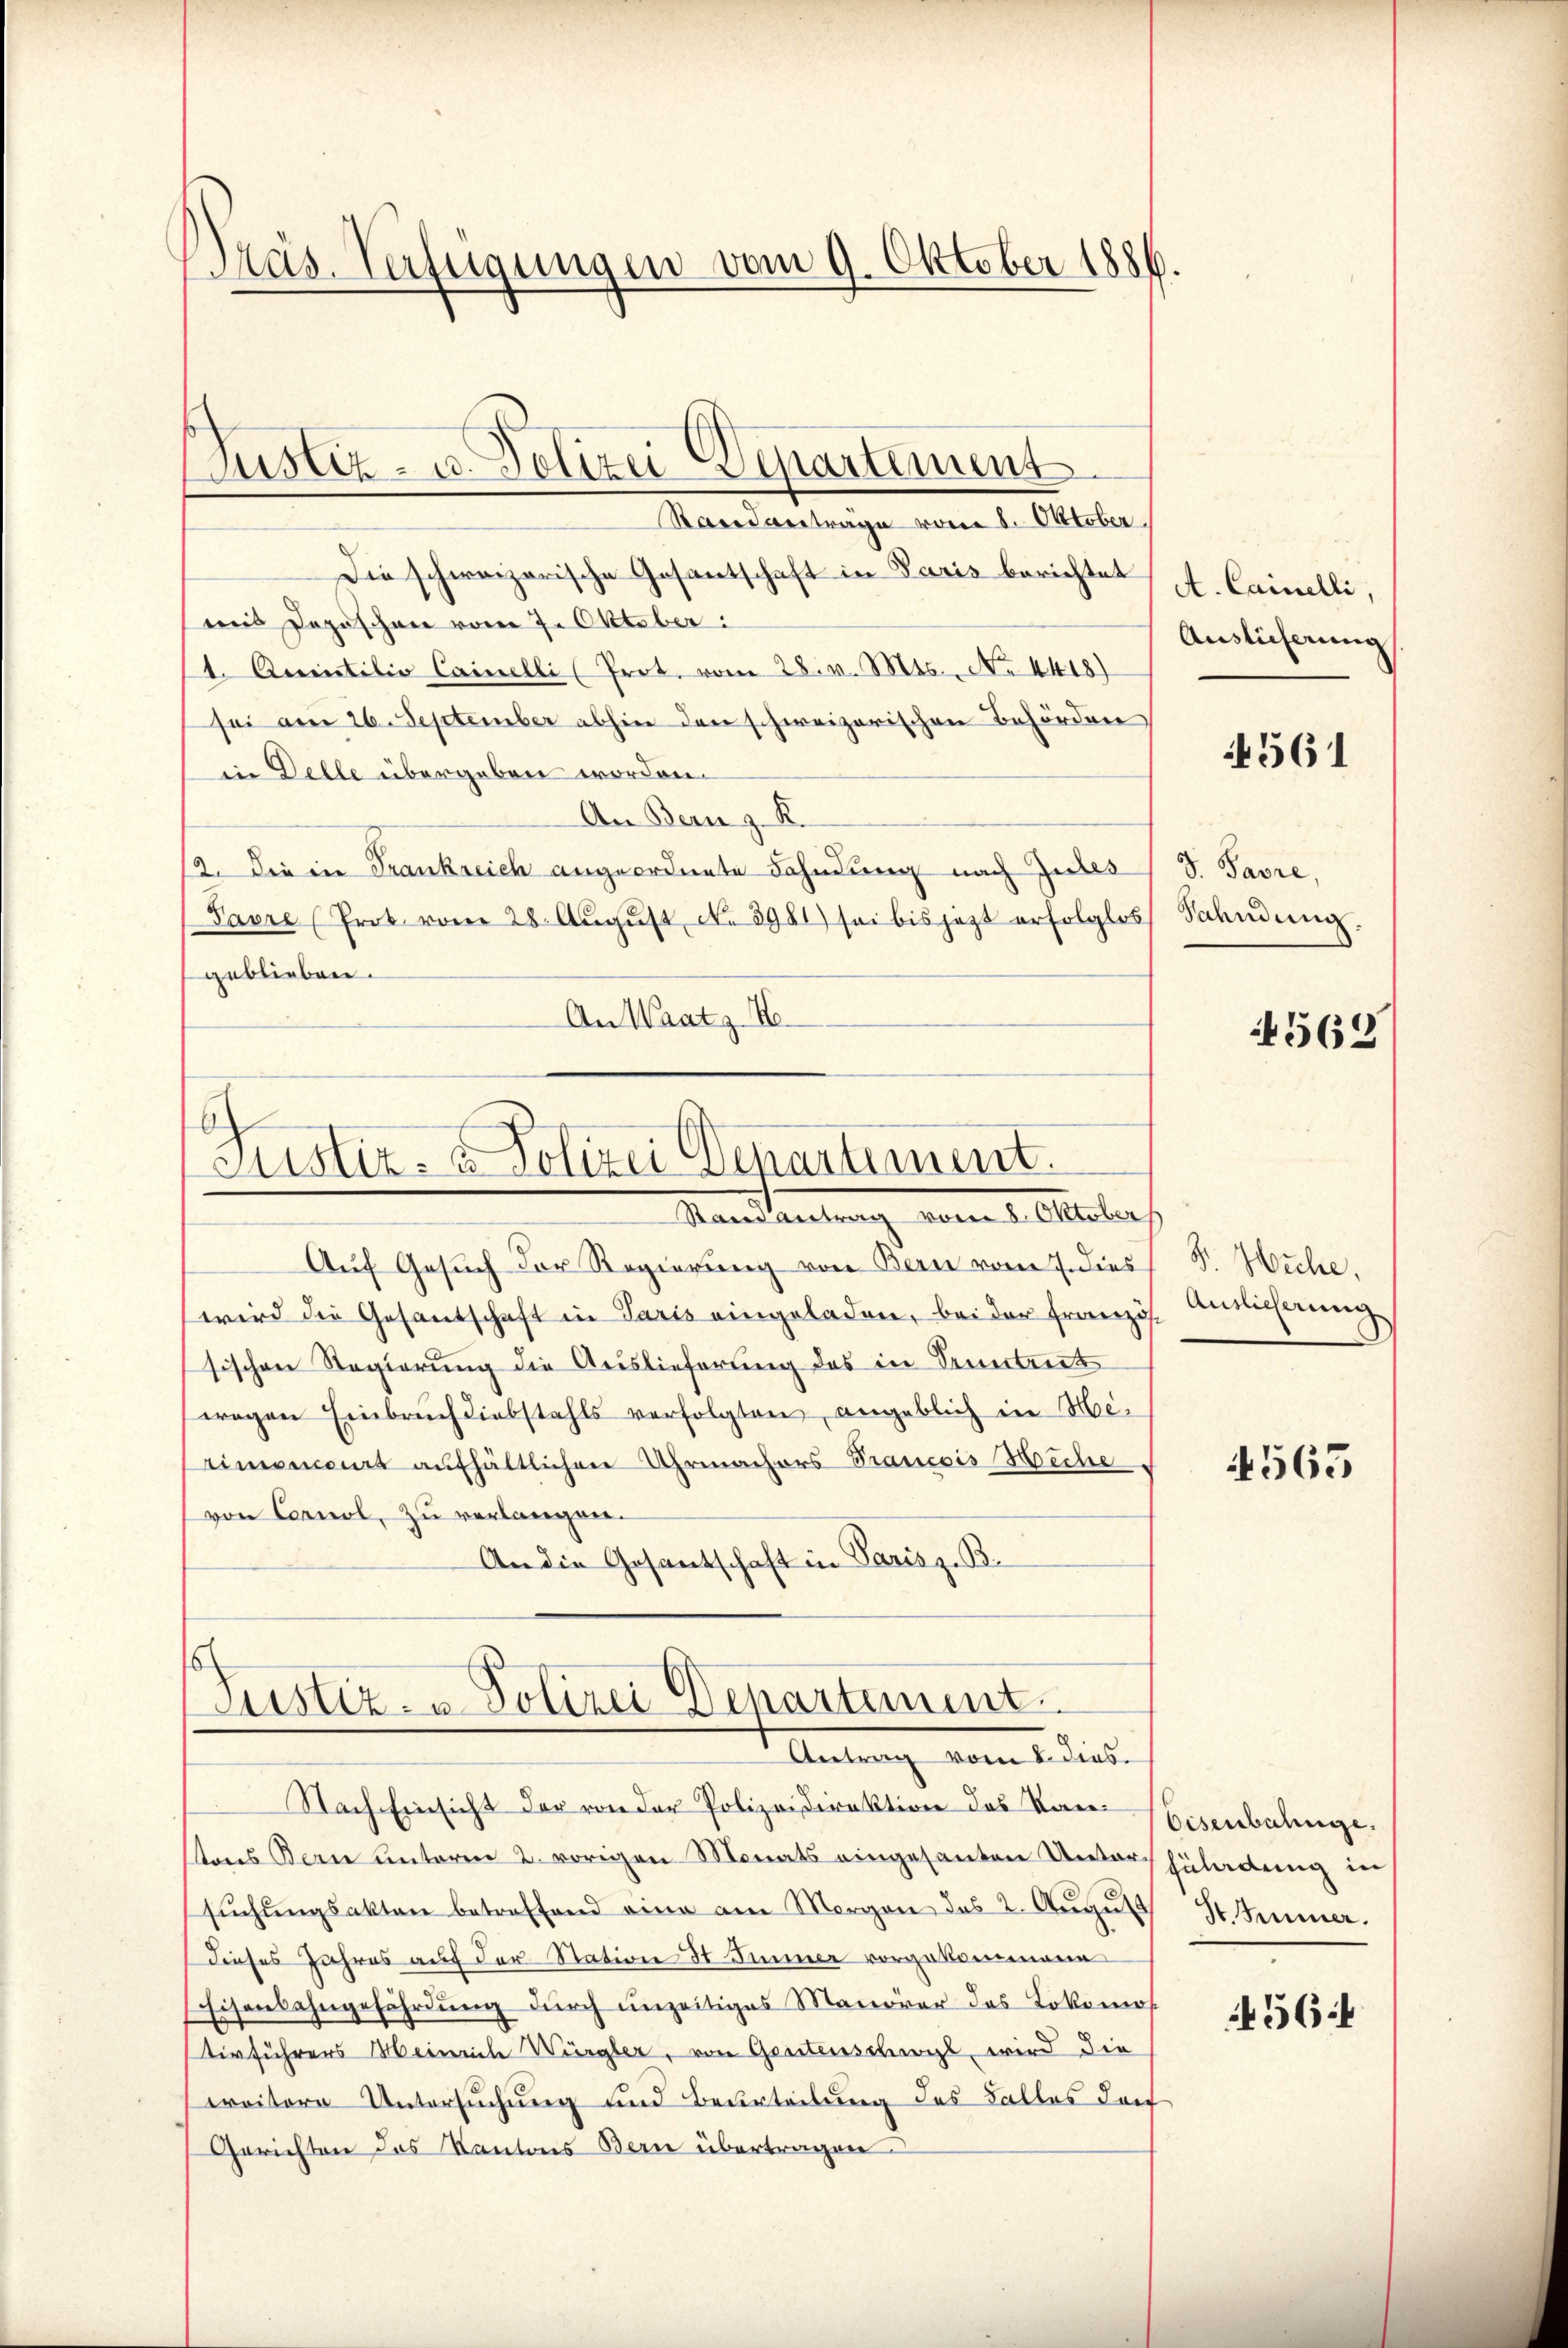
Präs. Verfügungen vom 9. Oktober 1886.

Standanträge vom 8. Oktober.
Die schweizerische Gesantschaft in Paris berichtet
mnis Dezöschen vom 7. Oktober:
1. Auctilio Cainelli (Prot. vom 28. v. Mts. No. 4418)
sei am 26. September abhin den schweizerischen Behörden
in Delle übergeben worden.
An Bern z. K.
12. Die in Frankreich angeordnete Fahndung nach Judes (S. Pavre,
Pavre (Prot vom 28. Aŭgŭst No. 3981) sei bis jezt erfolglos Sahndŭng.
geblieben.
An Waatz- He¬

Justiz- u. Polizei Departement

Justiz- & Polizei Departement
Standeutung vom 1. Oktober

Justiz- u Polizei Departement.
Antrag vom 8. dies

Auf Gesuch der Regierung von Bern vom 7. dies
wird die Gesandschaft in Paris eingeladen, bei der Französ. Auslicherung
sischen Regierung die Auslieferung des in Semesters
wegen Einbruch diebstahls verfolgten, angeblich in Me-
rimonieurs aufhältlichen Uhrmachers Prancois Miche,
von Cornel, zu verlangen.
An die Gesantschaft in Paris z. B.

Nach Einsicht der von der Polizeidirektion des Kan Eisenbahngetens Bern unterm 2. vorigen Monats eingesanten Unvorschuladung in
sŭchŭngsakten betreffend eine am Morgen des 2. August
dieses Jahres auf der Station de Summer vorgekommene
Eisenbahngefährdung durch unzeitiges Manöver das Lokomot
tivführers Meinrich Würgler, von Gantenschwyl wird die
oitere Untersuchung und Beurteilung des Falles doch
Gerichten des Kantons Bern übertragen.

A. Cainelli,
Auslieferung

4561

562

S. Wuche,

4565

S. Immer.

564